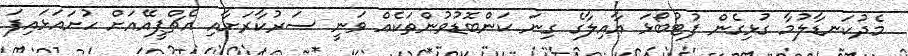
މެދުކަނޑާލުމާ ގުޅިގެން ފުޓުބޯޅަ އާއިލާގެ ގިނަ ކަންބޮޑުވުންތަކެއް ވަނީ ސަރުކާރަށާއި އެޗްޕީއޭއަށް ހުށައަޅައިފަ